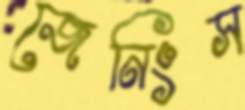
জেনিংস